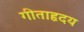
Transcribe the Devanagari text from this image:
गीताहृदय